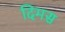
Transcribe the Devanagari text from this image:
दिमस